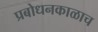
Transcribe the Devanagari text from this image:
प्रबोधनकाळाच